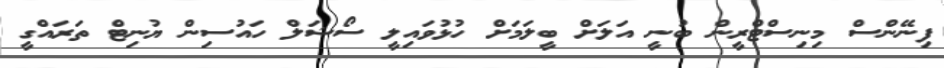
ފިނޭންސް މިނިސްޓްރީން ބުނީ އަލަށް ބީލަމަށް ހުޅުވައިލީ ސޯޝަލް ހައުސިން ޔުނިޓް ތަރައްގީ